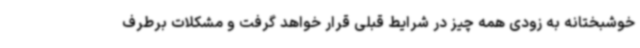
خوشبختانه به زودی همه چیز در شرایط قبلی قرار خواهد گرفت و مشکلات برطرف